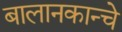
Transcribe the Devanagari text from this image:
बालानकान्चे